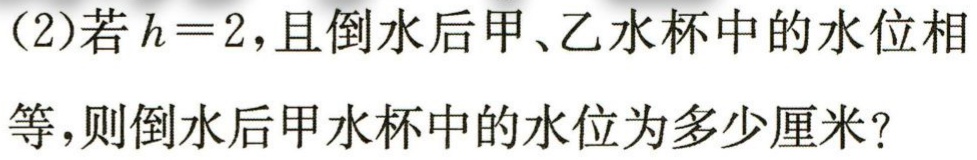
(2)若\(h = 2\)，且倒水后甲、乙水杯中的水位相等，则倒水后甲水杯中的水位为多少厘米？